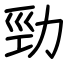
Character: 勁